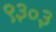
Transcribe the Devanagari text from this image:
९३०३